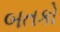
બતકો